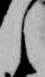
之